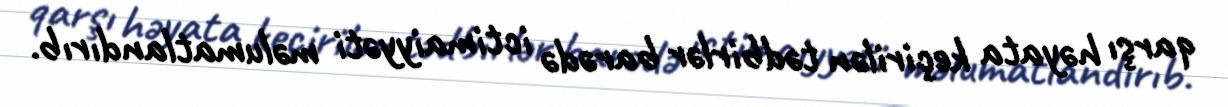
qarşı həyata keçirilən tədbirlər barədə ictimaiyyəti məlumatlandırıb.